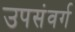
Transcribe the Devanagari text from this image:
उपसंवर्ग